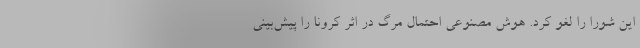
این شورا را لغو کرد. هوش مصنوعی احتمال مرگ در اثر کرونا را پیش‌بینی